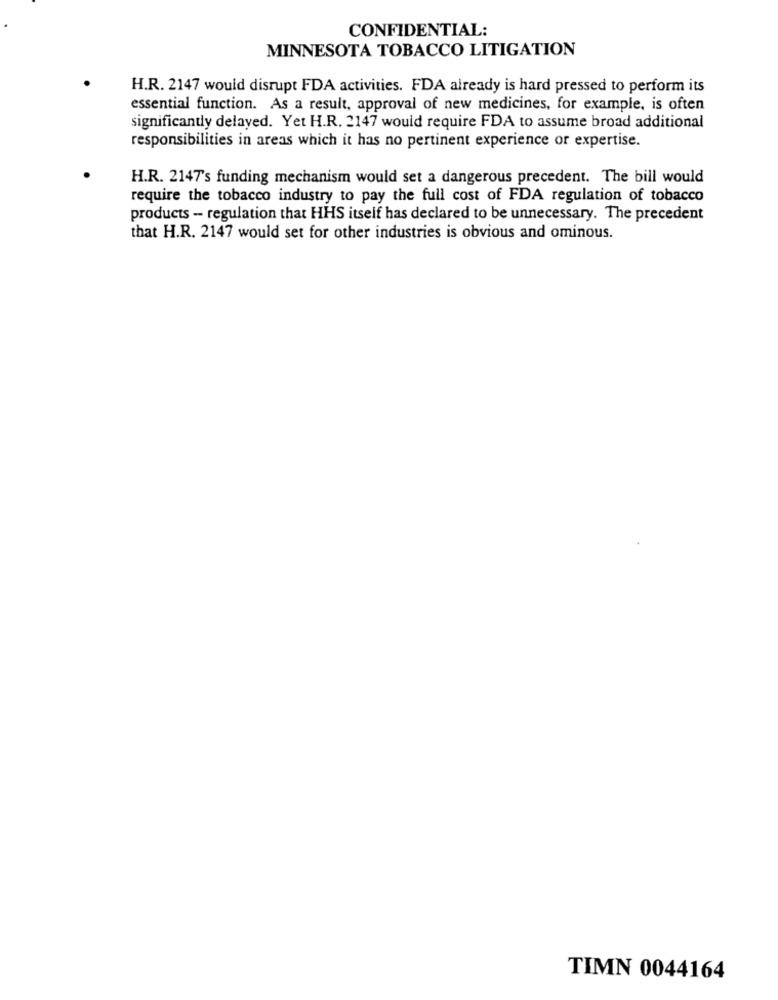
CONFIDENTIAL:
MINNESOTA TOBACCO LITIGATION
H.R. 2147 would disrupt FDA activities. FDA already is hard pressed to perform its
essential function. As a result, approval of new medicines, for example, is often
significantly delayed. Yet H.R. 2147 would require FDA to assume broad additional
responsibilities in areas which it has no pertinent experience or expertise.
H.R. 2147's funding mechanism would set a dangerous precedent. The bill would
require the tobacco industry to pay the full cost of FDA regulation of tobacco
products - regulation that HHS itself has declared to be unnecessary. The precedent
that H.R. 2147 would set for other industries is obvious and ominous.
TIMN 0044164